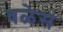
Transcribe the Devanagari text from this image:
वळेस